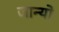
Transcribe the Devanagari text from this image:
जान्यो